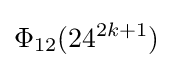
\Phi _{12}(24^{2k+1})